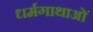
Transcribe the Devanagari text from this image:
धर्मगाथाओं